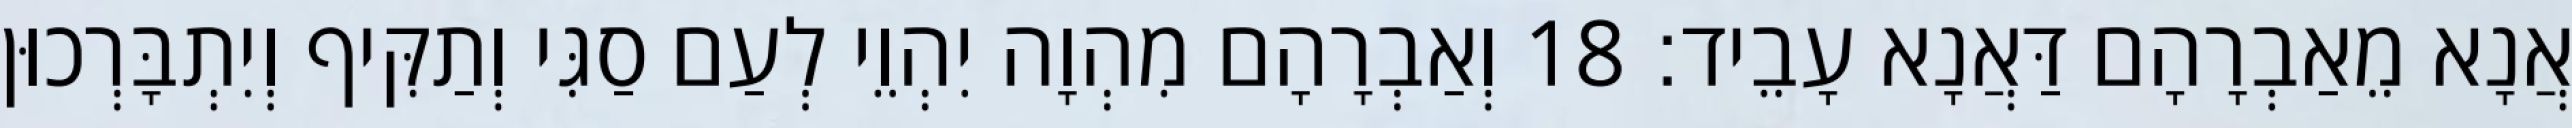
אֲנָא מֵאַבְרָהָם דַּאֲנָא עָבֵיד׃ 18 וְאַבְרָהָם מִהְוָה יִהְוֵי לְעַם סַגִּי וְתַקִּיף וְיִתְבָּרְכוּן